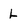
Character: L